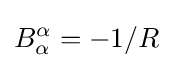
B_{\alpha }^{\alpha }=-1/R